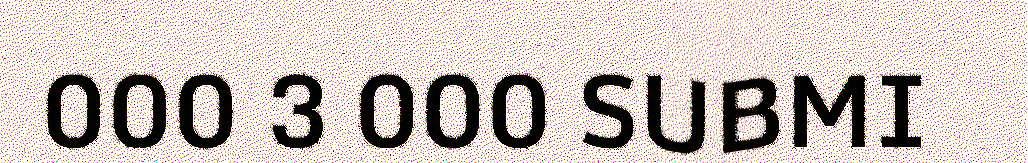
000 3 000 SUBMI